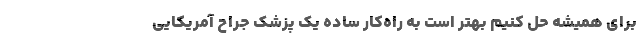
برای همیشه حل کنیم بهتر است به راه‌کار ساده یک پزشک جراح آمریکایی